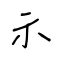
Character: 示